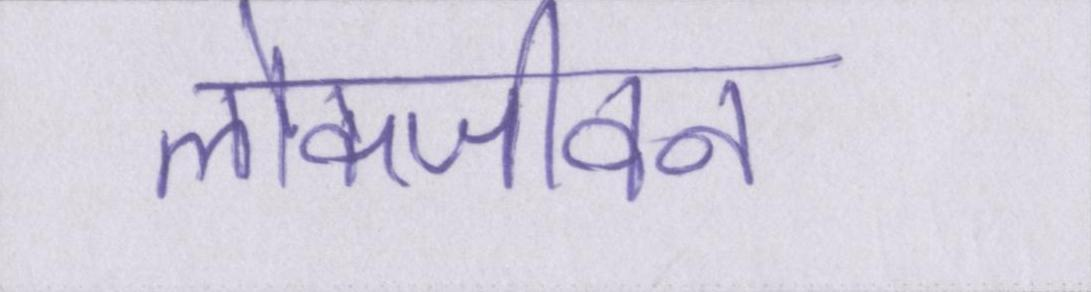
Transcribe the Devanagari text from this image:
लोकजीवन